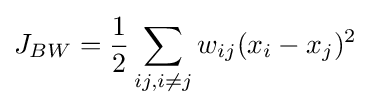
J_{BW}={\frac {1}{2}}\sum _{ij,i\neq j}w_{ij}(x_{i}-x_{j})^{2}